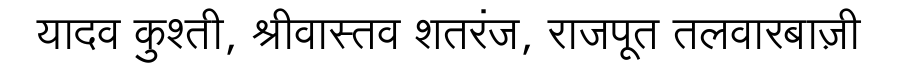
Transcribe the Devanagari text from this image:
यादव कुश्ती, श्रीवास्तव शतरंज, राजपूत तलवारबाज़ी